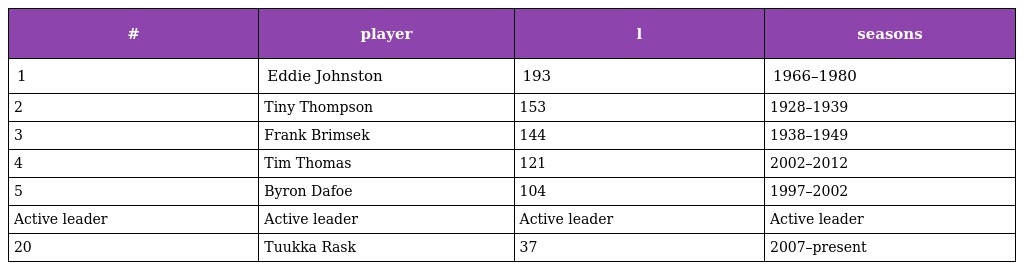
| # | player | l | seasons |
 | --- | --- | --- | --- |
 | 1 | Eddie Johnston | 193 | 1966–1980 |
 | 2 | Tiny Thompson | 153 | 1928–1939 |
 | 3 | Frank Brimsek | 144 | 1938–1949 |
 | 4 | Tim Thomas | 121 | 2002–2012 |
 | 5 | Byron Dafoe | 104 | 1997–2002 |
 | Active leader | Active leader | Active leader | Active leader |
 | 20 | Tuukka Rask | 37 | 2007–present |